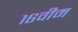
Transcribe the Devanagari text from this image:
१६वीम